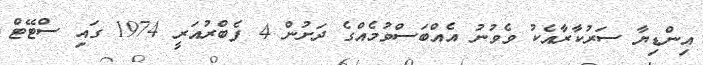
އިންޑިޔާ ސަރުކާރާއެކު ވެވުނު އެއްބަސްވުމެއްގެ ދަށުން 4 ފެބްރުއަރީ 1974 ގައި ސްޓޭޓް